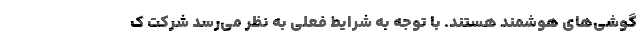
گوشی‌های هوشمند هستند. با توجه به شرایط فعلی به نظر می‌رسد شرکت ک